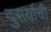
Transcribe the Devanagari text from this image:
दुसर्याची